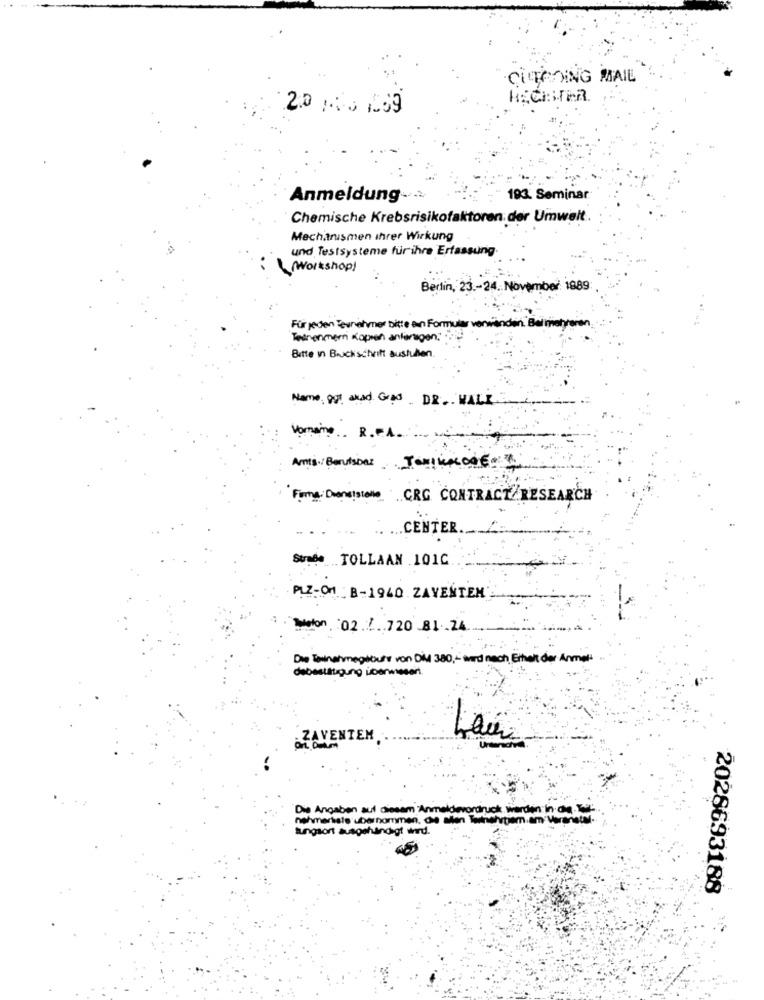
CUEROING MAIL
2.0 ,00 039
Anmeldung ..
193. Seminar
Chemische Krebsrisikofaktoren. der Umwelt.
Mechanismen ihrer Wirkung
und Testsysteme fürihre Erfassung.
(Workshop)
Berlin, 23-24. November 1889
Für jeden Tesnehmer bitte ein Formular
Entrenmern Koppen anfertigen:
Bitte in Bruckschrift austuben
Name ggt akad Grad . DR. WALK
Vornaine
R.
Arts./Berufsbez
Firma Dans !
die CRG CONTRACT/RESEARCH
.. CENTER
Sunde TOLLAAN .101C
PLZ-ON- B-1940 ZAVENTEM
Melon 02 .7 . 720 81.24
Die Eannahmegibutt von Diu 380 ,- wird nach, Erhelt der Anmet
debestätigung überwiesent.
. ZAVENTEM
nehmeriste ubarhommen. Os alen Teknehrtem.am Warahacer-
Die Angaben auf diesem Anmeldevordruck werden in an
tungsort ausgehändigt wird.
2028693188